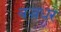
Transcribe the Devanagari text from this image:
बज्रधर